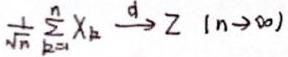
$\frac{1}{\sqrt{n}}\sum_{k = 1}^{n}X_{k}\stackrel{d}{\longrightarrow}Z\ (n\to\infty)$